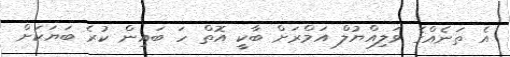
އެ ތަނެއްގެ ވަލިއްޔުލް އަމްރަށް ބާކީ އޮތް ހަ ބައިން ކުރެ ބަޔަކަށް